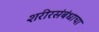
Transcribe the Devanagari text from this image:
शरीरसंबंधाचा